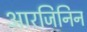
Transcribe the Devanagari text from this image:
आरजिनिन